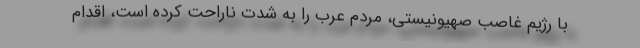
با رژیم غاصب صهیونیستی، مردم عرب را به شدت ناراحت کرده است، اقدام